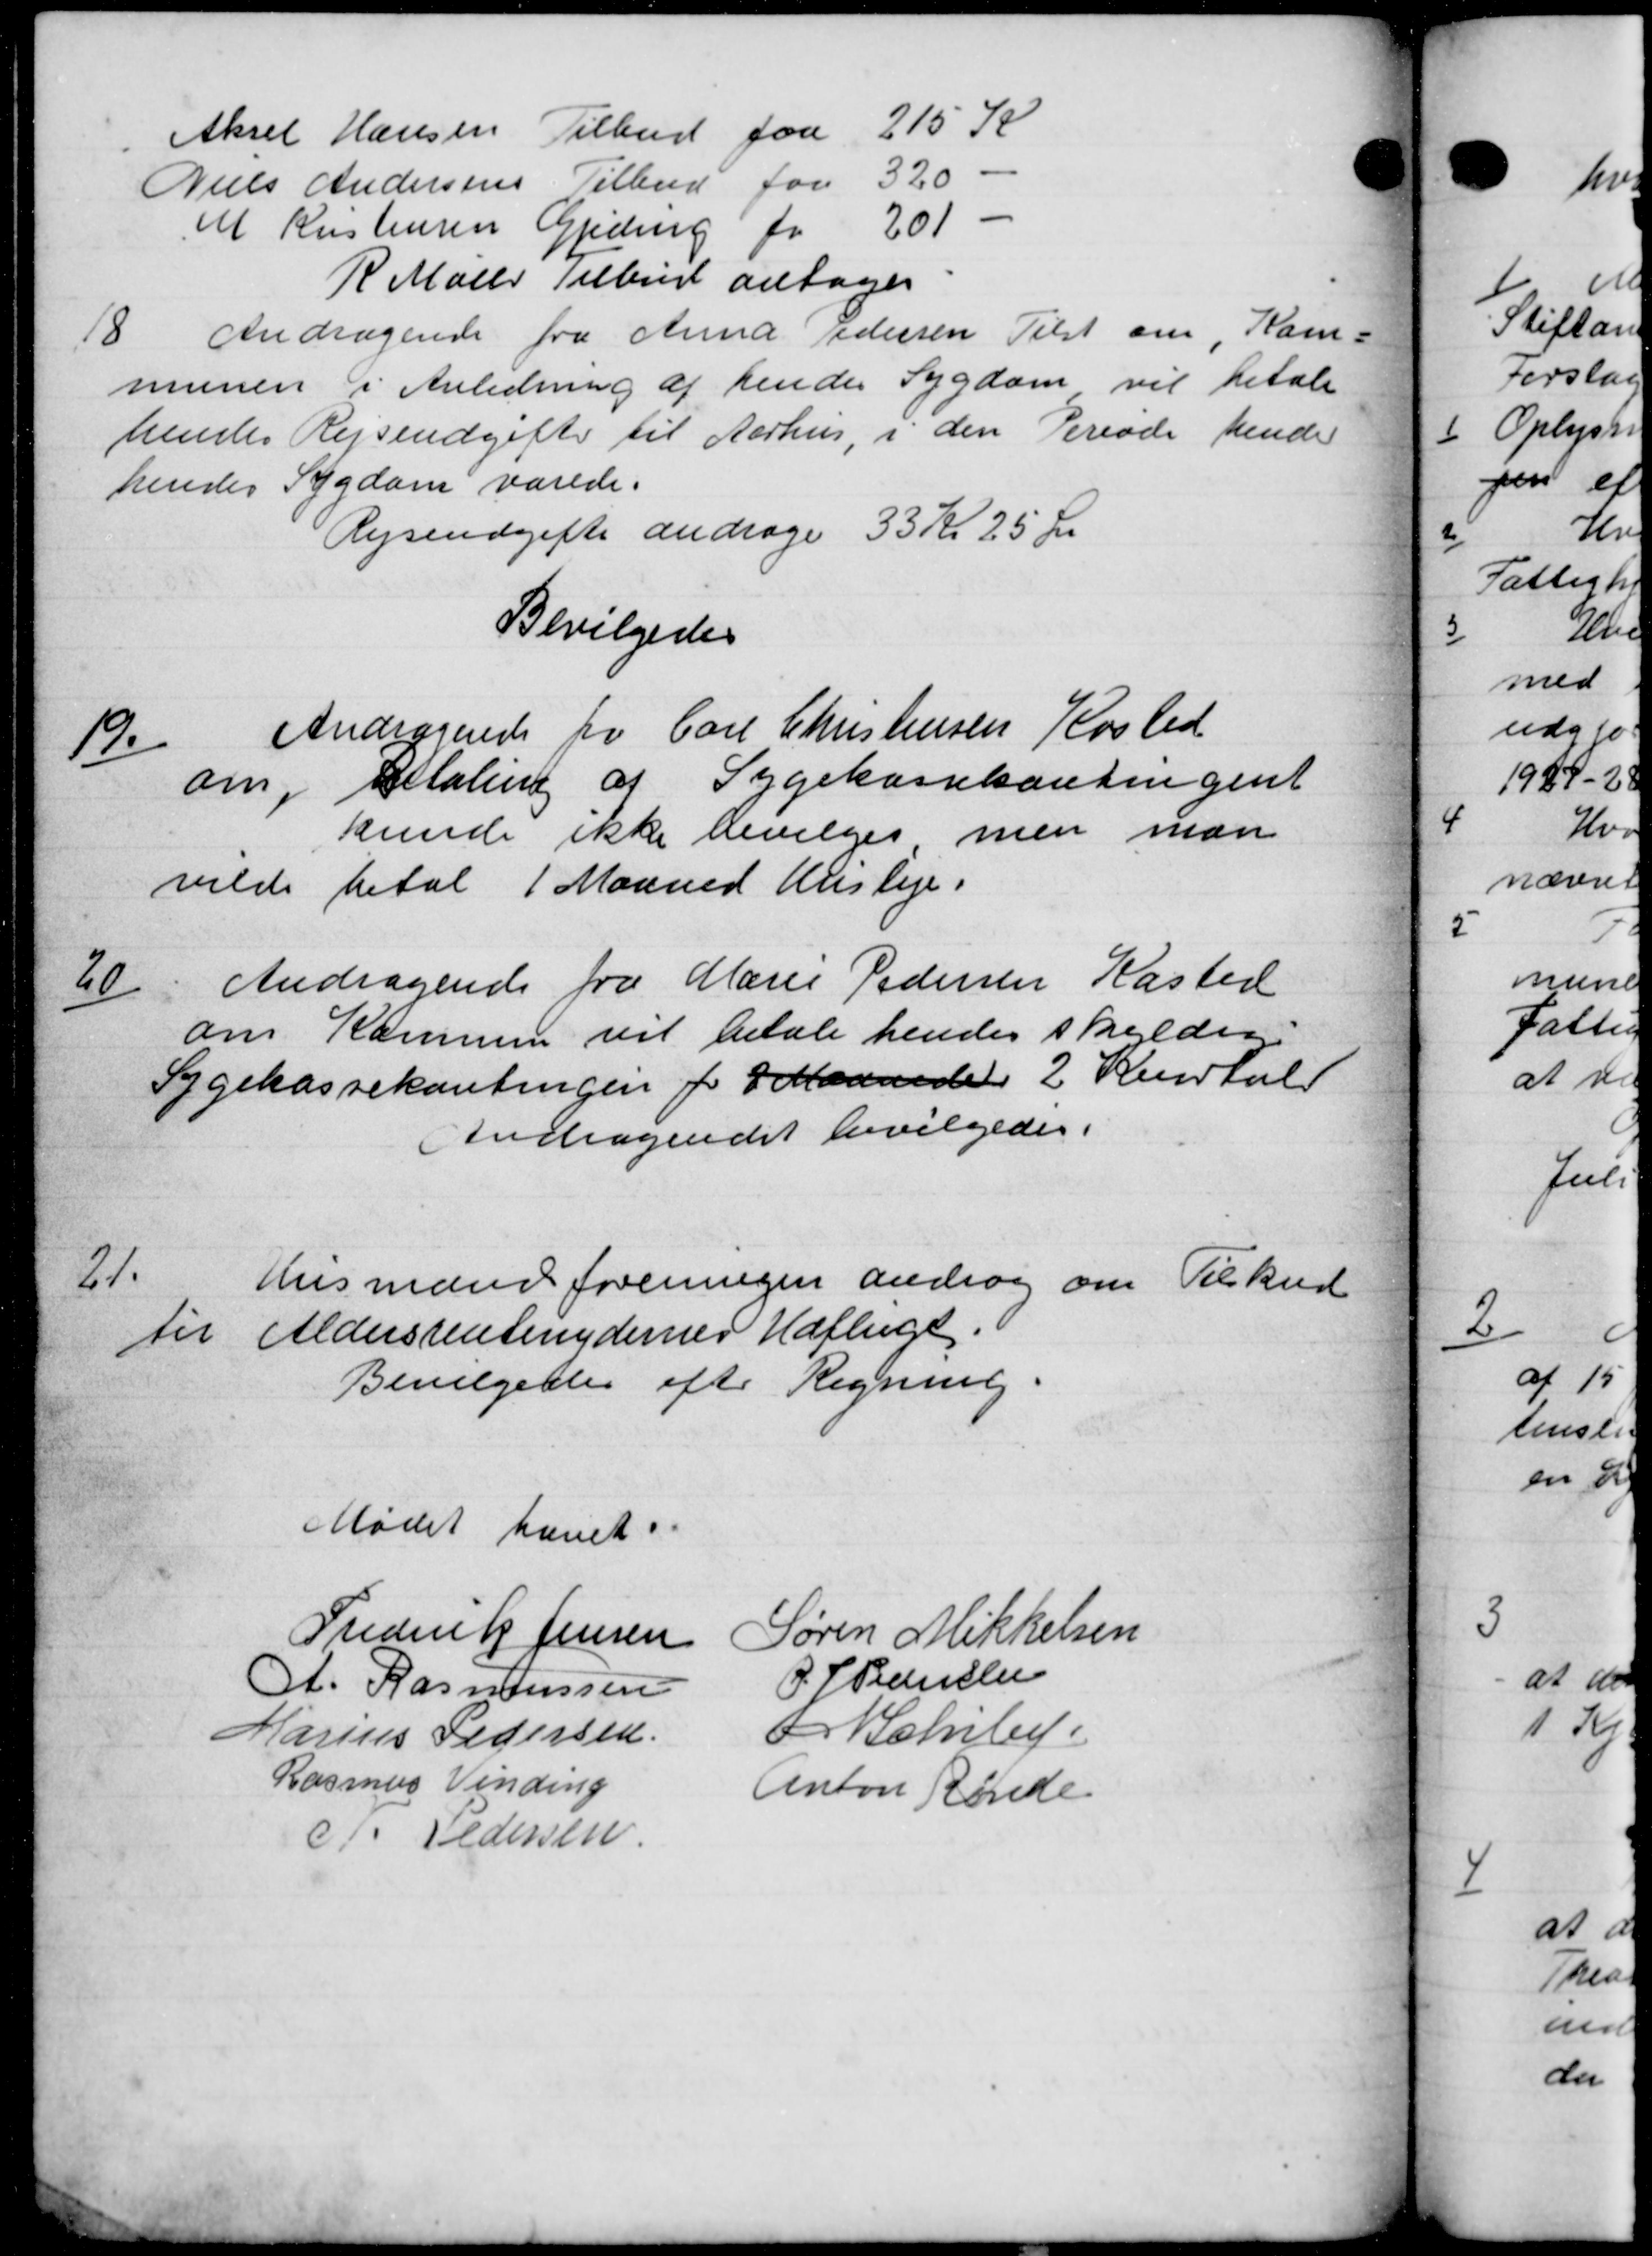
Transskription:
Aksel Hansen Tilbud fra 215 K
Niels Andersens Tilbud for 320
M Kristensen Gjeding for 201
R Maler Tilbud antoges
18
Andragende fra Anna Pedersen Tilst om Kom-
munen i Anledning af hendes Sygdom vil betale
hendes Rejseudgifter til Aarhus, i den Periode hende
hendes Sygdom varede.
Rejseudgifte andrage 33 Kr 25 Øre
Bevilgedes
19
Andragende fra Carl Christensen Kosted
om, betaling af Sygekassekontingent
kunde ikke bevilges men man
vilde betal 1 Maaned Husleje.
20
Andragende fra Marie Pedersen Kasted
om Kommune vil betale hendes skyldig
Sygekassekontingen for Maanede 2 Kendtal
Andragendet bevilgedes.
21.
Husmand foreningen androg om Tilskud
til Aldersrentenydernes Udflugt.
Bevilgedes efter Regning.
Mødet hævet
Frederik Jensen
Søren Mikkelsen
A. Rasmussen
P. P. Pedersen
Marius Pedersen
or Schibe
Rasmus Vinding
Anton Rende
P. Pedersen.